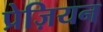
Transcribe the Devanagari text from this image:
प्रेज़ियन